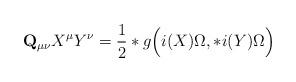
LaTeX: \begin{align*}{\bf Q}_{\mu\nu}X^\mu Y^\nu=\frac12 *g\Bigl(i(X)\Omega,*i(Y)\Omega\Bigr)\end{align*}